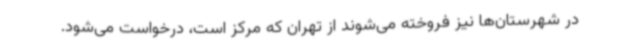
در شهرستان‌ها نیز فروخته می‌شوند از تهران که مرکز است، درخواست می‌شود.